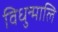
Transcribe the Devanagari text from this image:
विधुन्मालि